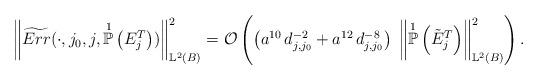
LaTeX: \begin{align*} \left\Vert \widetilde{Err}(\cdot ,j_{0},j,\overset{1}{\mathbb{P}}\left(E_{j}^{T}\right)) \right\Vert^{2}_{\mathbb{L}^{2}(B)} = \mathcal{O}\left( \left(a^{10} \, d^{-2}_{j,j_{0}} + a^{12} \, d^{-8}_{j,j_{0}} \right) \; \left\Vert \overset{1}{\mathbb{P}}\left(\tilde{E}_{j}^{T}\right) \right\Vert^{2}_{\mathbb{L}^{2}(B)} \right).\end{align*}